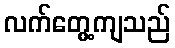
လက်တွေ့ကျသည်